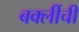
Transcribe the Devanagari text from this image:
बर्क्लीची